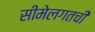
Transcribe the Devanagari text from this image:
सीमेलगतची